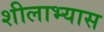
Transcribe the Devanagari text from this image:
शीलाभ्यास